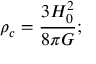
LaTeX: \rho _ { c } = { \frac { 3 H _ { 0 } ^ { 2 } } { 8 \pi G } } ;